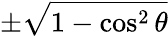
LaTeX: \pm{\sqrt{1-\cos^{2}\theta}}